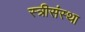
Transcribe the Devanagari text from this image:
स्त्रीसंस्था